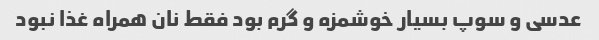
عدسی و سوپ بسیار خوشمزه و گرم بود فقط نان همراه غذا نبود